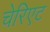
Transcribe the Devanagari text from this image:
चेरिएट